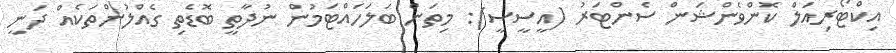
އިކްޓޯރިއަލް ކޮންވެންޝަން ސެންޓަރު (އީސީސީ): މިތަން ބަލަހައްޓަމުން ނުދާތީ ބޮޑެތި ގެއްލުންތަކެއް ދަނީ